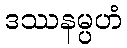
ဒဿနမ္ပဟံ